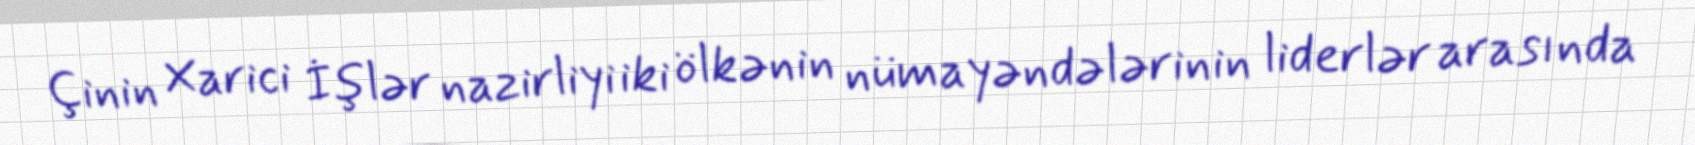
Çinin Xarici İşlər nazirliyi iki ölkənin nümayəndələrinin liderlər arasında